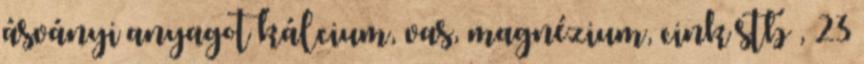
ásványi anyagot kálcium, vas, magnézium, cink stb , 23